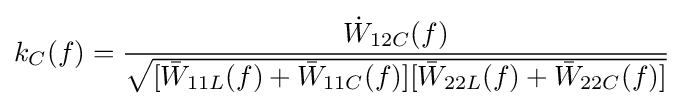
k_{C}(f)={\frac {{\dot {W}}_{12C}(f)}{\sqrt {[{\bar {W}}_{11L}(f)+{\bar {W}}_{11C}(f)][{\bar {W}}_{22L}(f)+{\bar {W}}_{22C}(f)]}}}